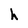
Character: h